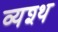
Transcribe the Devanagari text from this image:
व्यश्थ